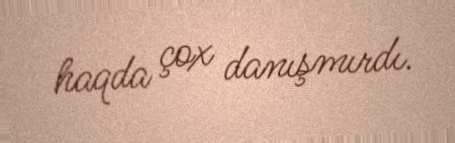
haqda çox danışmırdı.